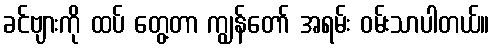
ခင်ဗျားကို ထပ် တွေ့တာ ကျွန်တော် အရမ်း ဝမ်းသာပါတယ်။